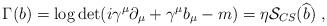
LaTeX: \begin{align*}\Gamma (b)=\log \det (i\gamma ^\mu \partial _\mu +\gamma ^\mu b_\mu -m)=\eta {\cal S}_{CS}(\widehat{b})\;, \end{align*}